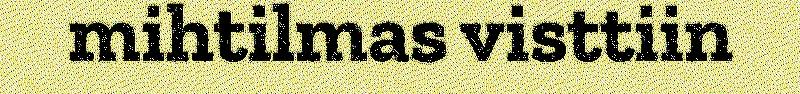
mihtilmas visttiin